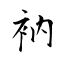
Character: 衲